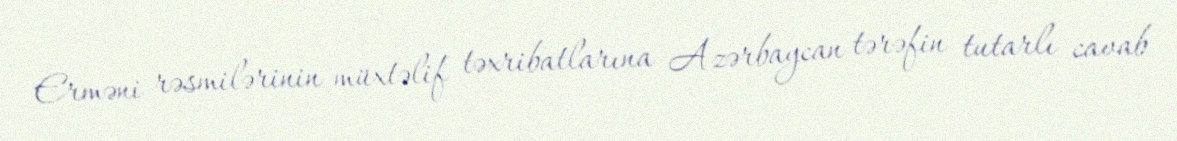
Erməni rəsmilərinin müxtəlif təxribatlarına Azərbaycan tərəfin tutarlı cavab